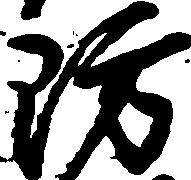
防